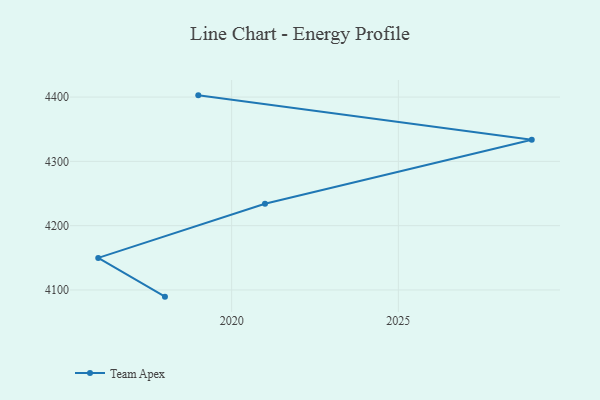
{"axis": {"x": "Year", "y": "Churn Rate (%)"}, "legend": ["Team Apex"], "data": [{"x": "2018", "y": 4089.6, "type": "Team Apex"}, {"x": "2016", "y": 4149.9, "type": "Team Apex"}, {"x": "2021", "y": 4234.0, "type": "Team Apex"}, {"x": "2029", "y": 4333.7, "type": "Team Apex"}, {"x": "2019", "y": 4402.7, "type": "Team Apex"}]}